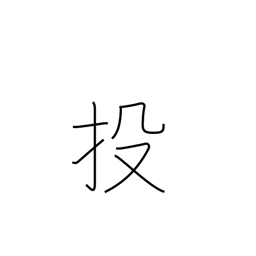
Meaning: abandon